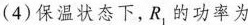
(4)保温状态下，R_{1}的功率为